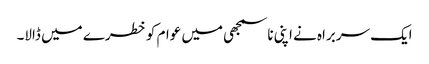
ایک سربراہ نے اپنی ناسمجھی میں عوام کو خطرے میں ڈالا۔